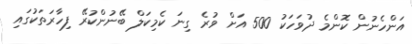
އަންހެނުން ކޮންމެ ދުވަހަކު 500 އަށް ވުރެ ގިނަ ކެމިކަލް ބޭނުންކުރޭ ފިހާރަތަކުގައި